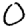
Digit: 0